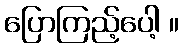
ပြောကြည့်ပေါ့ ။